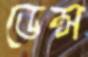
ডেন্স